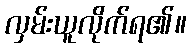
လှမ်းယူလိုက်ရ၏။